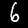
Label: 6